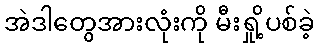
အဲဒါတွေအားလုံးကို မီးရှို့ပစ်ခဲ့